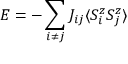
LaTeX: E = - \sum _ { i \neq j } J _ { i j } \langle S _ { i } ^ { z } S _ { j } ^ { z } \rangle